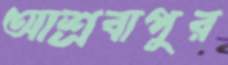
আশ্রবাপুর